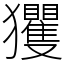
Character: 玃